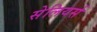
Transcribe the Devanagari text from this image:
सेलियर्स